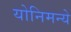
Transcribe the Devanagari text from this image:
योनिमन्ये